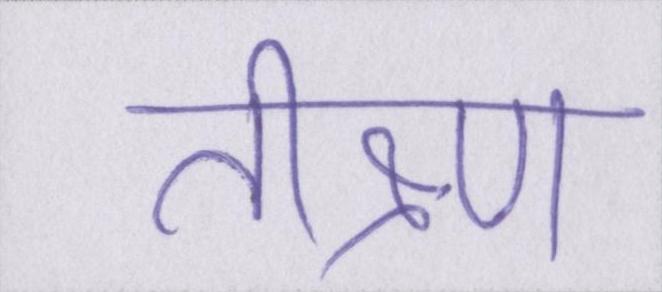
तीक्ष्ण